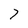
Character: 7